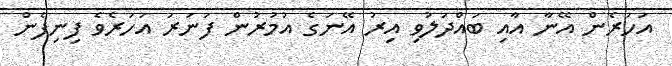
އަހަރެން އޭނާ އާއި ބައްދަލުވި އިރު އޭނަގެ އުމުރުން ފަނަރަ އަހަރެވެ ފިނިފެން